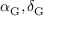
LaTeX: \alpha _ { \mathrm { G } } , \delta _ { \mathrm { G } }